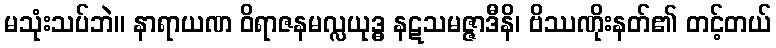
မသုံးသပ်ဘဲ။ နာရာယဏ ဝိရာဇနမလ္လယုဒ္ဓ နဋသမဇ္ဇာဒီနိ၊ ဗိဿဏိုးနတ်၏ တင့်တယ်